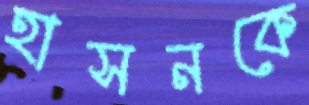
হাসনকে